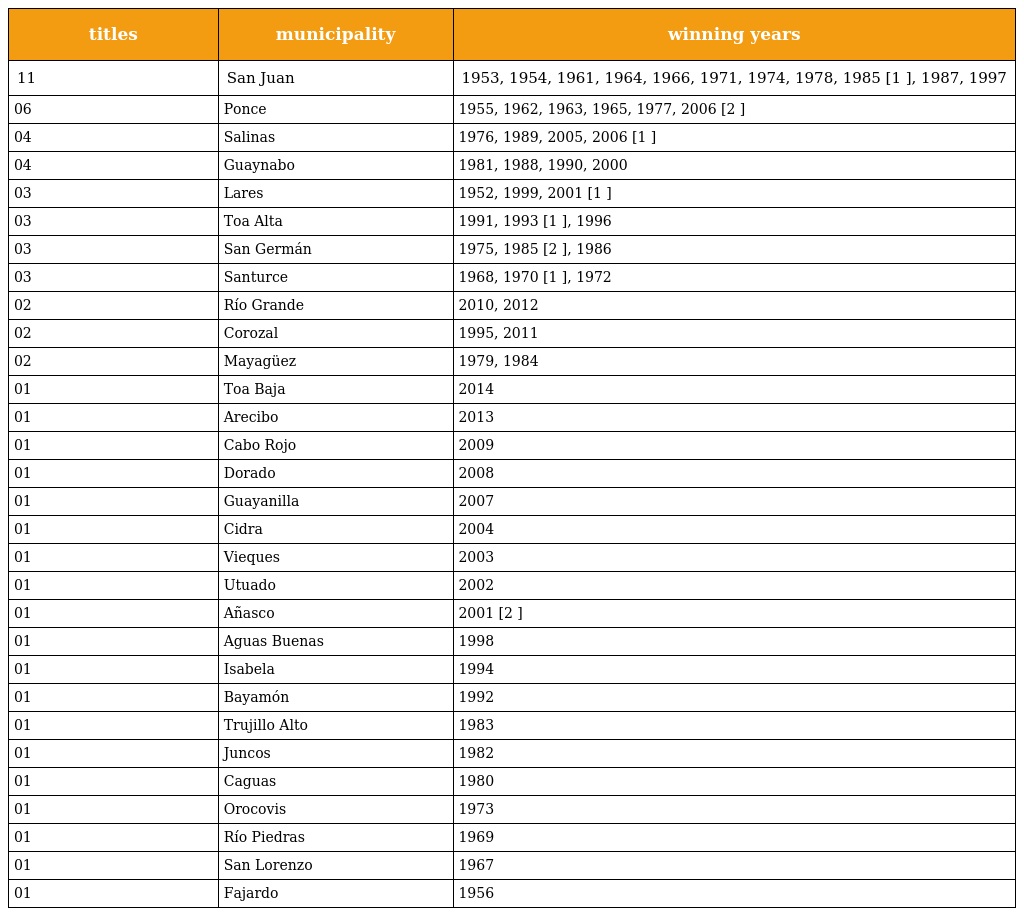
| titles | municipality | winning years |
 | --- | --- | --- |
 | 11 | San Juan | 1953, 1954, 1961, 1964, 1966, 1971, 1974, 1978, 1985 [1 ], 1987, 1997 |
 | 06 | Ponce | 1955, 1962, 1963, 1965, 1977, 2006 [2 ] |
 | 04 | Salinas | 1976, 1989, 2005, 2006 [1 ] |
 | 04 | Guaynabo | 1981, 1988, 1990, 2000 |
 | 03 | Lares | 1952, 1999, 2001 [1 ] |
 | 03 | Toa Alta | 1991, 1993 [1 ], 1996 |
 | 03 | San Germán | 1975, 1985 [2 ], 1986 |
 | 03 | Santurce | 1968, 1970 [1 ], 1972 |
 | 02 | Río Grande | 2010, 2012 |
 | 02 | Corozal | 1995, 2011 |
 | 02 | Mayagüez | 1979, 1984 |
 | 01 | Toa Baja | 2014 |
 | 01 | Arecibo | 2013 |
 | 01 | Cabo Rojo | 2009 |
 | 01 | Dorado | 2008 |
 | 01 | Guayanilla | 2007 |
 | 01 | Cidra | 2004 |
 | 01 | Vieques | 2003 |
 | 01 | Utuado | 2002 |
 | 01 | Añasco | 2001 [2 ] |
 | 01 | Aguas Buenas | 1998 |
 | 01 | Isabela | 1994 |
 | 01 | Bayamón | 1992 |
 | 01 | Trujillo Alto | 1983 |
 | 01 | Juncos | 1982 |
 | 01 | Caguas | 1980 |
 | 01 | Orocovis | 1973 |
 | 01 | Río Piedras | 1969 |
 | 01 | San Lorenzo | 1967 |
 | 01 | Fajardo | 1956 |